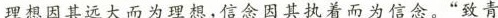
理想因其远大而为理想，信念因其执着而为信念。“致青